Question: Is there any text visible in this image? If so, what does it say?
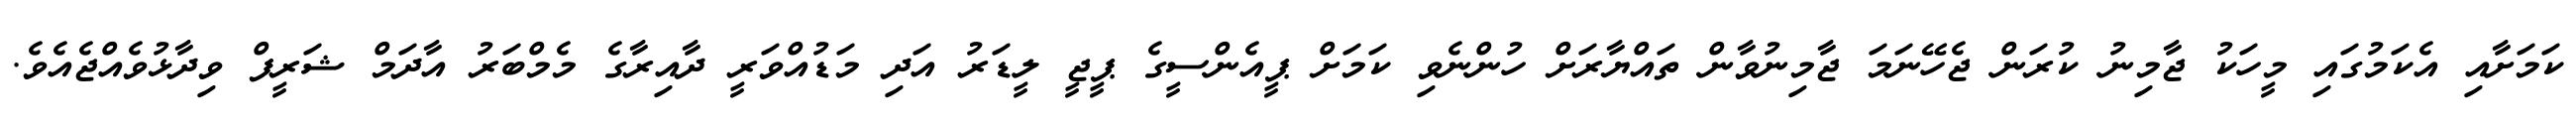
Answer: ކަމަށާއި އެކަމުގައި މީހަކު ޖާމިނު ކުރަން ޖެހޭނަމަ ޖާމިނުވާން ތައްޔާރަށް ހުންނެވި ކަމަށް ޕީއެންސީގެ ޕީޖީ ލީޑަރު އަދި މަޑުއްވަރީ ދާއިރާގެ މެމްބަރު އާދަމް ޝަރީފް ވިދާޅުވެއްޖެއެވެ.